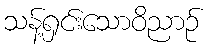
သန့်ရှင်းသောဝိညာဉ်